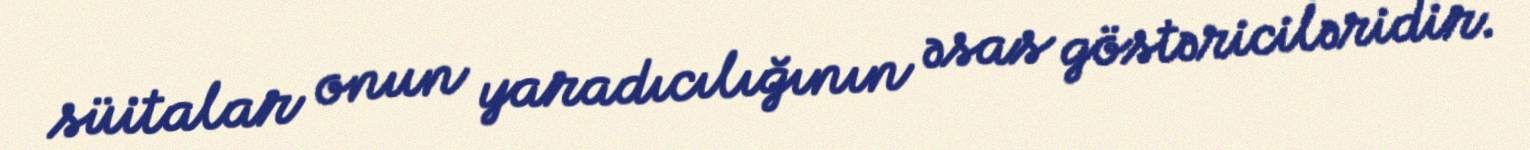
süitalar onun yaradıcılığının əsas göstəriciləridir.